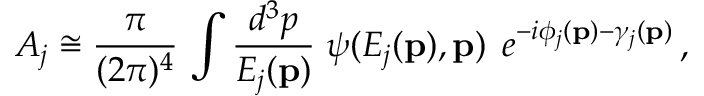
{ \cal A } _ { j } \cong \frac { \pi } { ( 2 \pi ) ^ { 4 } } \, \int \frac { d ^ { 3 } p } { E _ { j } ( { \bf p } ) } \; \psi ( E _ { j } ( { \bf p } ) , { \bf p } ) \; \, e ^ { - i \phi _ { j } ( { \bf p } ) - \gamma _ { j } ( { \bf p } ) } \, ,